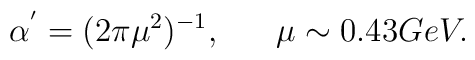
\alpha^{'} = (2 \pi \mu^{2})^{-1}, ~~~~~ \mu \sim 0.43 GeV.